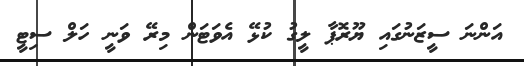
އަންނަ ސީޒަނުގައި ޔޫރޮޕާ ލީގު ކުޅޭ އެވަޓަން މިރޭ ވަނީ ހަލް ސިޓީ